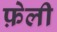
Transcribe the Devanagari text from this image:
फ़ेली